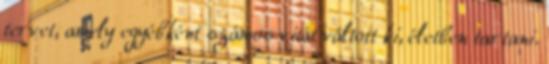
tervet, amely egyébként számos vitát váltott ki, életben tartani.